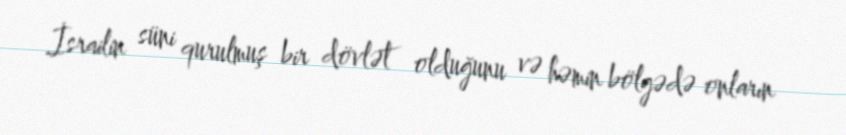
İsrailin süni qurulmuş bir dövlət olduğunu və həmin bölgədə onların